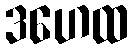
ဒဟေထ